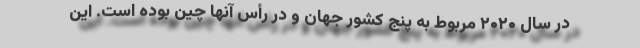
در سال ۲۰۲۰ مربوط به پنج کشور جهان و در رأس آنها چین بوده است. این